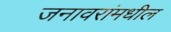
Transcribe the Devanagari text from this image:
जनावरांमधील